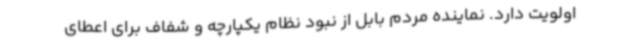
اولویت دارد. نماینده مردم بابل از نبود نظام یکپارچه و شفاف برای اعطای